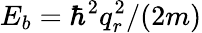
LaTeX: E_{b}=\hbar^{2}q_{r}^{2}/(2m)